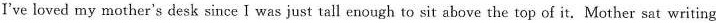
I've loved my mother's desk since I was just tall enough to sit above the top of it,Mother sat writing